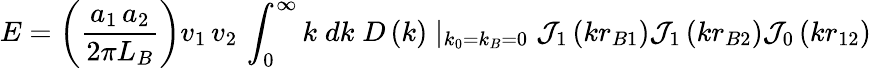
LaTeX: E=\left({\frac{a_{1}\, a_{2}}{2\pi L_{B}}}\right)v_{1}\, v_{2}\, \int_{0}^{\infty}{k\; dk\; }D\left(k\right)\mid_{k_{0}=k_{B}=0}{\mathcal{J}}_{1}\left(kr_{B1}\right){\mathcal{J}}_{1}\left(kr_{B2}\right){\mathcal{J}}_{0}\left(kr_{12}\right)